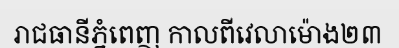
រាជធានីភ្នំពេញ កាលពីវេលាម៉ោង២៣